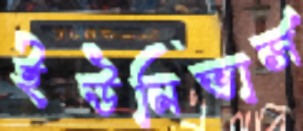
ইউনিভার্স